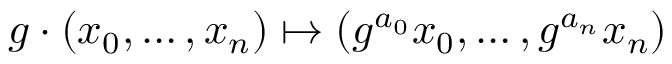
g \cdot ( x _ { 0 } , \ldots , x _ { n } ) \mapsto ( g ^ { a _ { 0 } } x _ { 0 } , \ldots , g ^ { a _ { n } } x _ { n } )